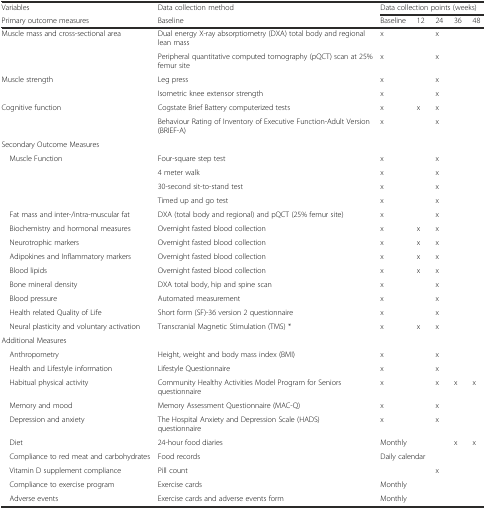
| Variables | Data collection method | <COLSPAN=5> Data collection points (weeks) |
 | Primary outcome measures | Baseline | Baseline | 12 | 24 | 36 | 48 |
 | --- | --- | --- | --- | --- | --- | --- |
 | Muscle mass and cross-sectional area | Dual energy X-ray absorptiometry (DXA) total body and regional lean mass | x |  | x |  |  |
 |  | Peripheral quantitative computed tomography (pQCT) scan at 25% femur site | x |  | x |  |  |
 | Muscle strength | Leg press | x |  | x |  |  |
 |  | Isometric knee extensor strength | x |  | x |  |  |
 | Cognitive function | Cogstate Brief Battery computerized tests | x | x | x |  |  |
 |  | Behaviour Rating of Inventory of Executive Function-Adult Version (BRIEF-A) | x |  | x |  |  |
 | <COLSPAN=7> Secondary Outcome Measures |
 | Muscle Function | Four-square step test | x |  | x |  |  |
 |  | 4 meter walk | x |  | x |  |  |
 |  | 30-second sit-to-stand test | x |  | x |  |  |
 |  | Timed up and go test | x |  | x |  |  |
 | Fat mass and inter-/intra-muscular fat | DXA (total body and regional) and pQCT (25% femur site) | x |  | x |  |  |
 | Biochemistry and hormonal measures | Overnight fasted blood collection | x | x | x |  |  |
 | Neurotrophic markers | Overnight fasted blood collection | x | x | x |  |  |
 | Adipokines and Inflammatory markers | Overnight fasted blood collection | x | x | x |  |  |
 | Blood lipids | Overnight fasted blood collection | x | x | x |  |  |
 | Bone mineral density | DXA total body, hip and spine scan | x |  | x |  |  |
 | Blood pressure | Automated measurement | x |  | x |  |  |
 | Health related Quality of Life | Short form (SF)-36 version 2 questionnaire | x |  | x |  |  |
 | Neural plasticity and voluntary activation | Transcranial Magnetic Stimulation (TMS) * | x | x | x |  |  |
 | <COLSPAN=7> Additional Measures |
 | Anthropometry | Height, weight and body mass index (BMI) | x |  | x |  |  |
 | Health and Lifestyle information | Lifestyle Questionnaire | x |  | x |  |  |
 | Habitual physical activity | Community Healthy Activities Model Program for Seniors questionnaire | x |  | x | x | x |
 | Memory and mood | Memory Assessment Questionnaire (MAC-Q) | x |  | x |  |  |
 | Depression and anxiety | The Hospital Anxiety and Depression Scale (HADS) questionnaire | x |  | x |  |  |
 | Diet | 24-hour food diaries | <COLSPAN=3> Monthly | x | x |
 | Compliance to red meat and carbohydrates | Food records | <COLSPAN=3> Daily calendar |  |  |
 | Vitamin D supplement compliance | Pill count |  |  | x |  |  |
 | Compliance to exercise program | Exercise cards | <COLSPAN=3> Monthly |  |  |
 | Adverse events | Exercise cards and adverse events form | <COLSPAN=3> Monthly |  |  |